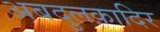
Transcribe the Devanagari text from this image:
अबदुलक़ादिर